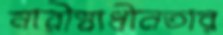
নারীস্বাধীনতার